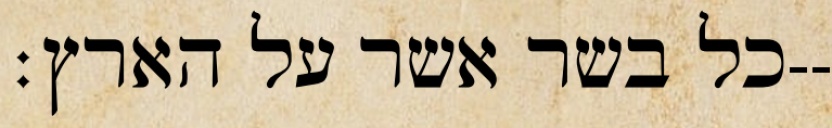
כל בשר אשר על הארץ׃--